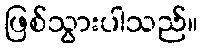
ဖြစ်သွားပါသည်။